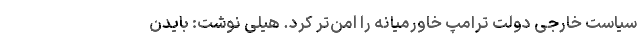
سیاست خارجی دولت ترامپ خاورمیانه را امن‌تر کرد. هیلی نوشت: بایدن